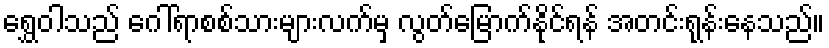
ရွှေဝါသည် ဂေါ်ရာစစ်သားများလက်မှ လွတ်မြောက်နိုင်ရန် အတင်းရုန်းနေသည်။